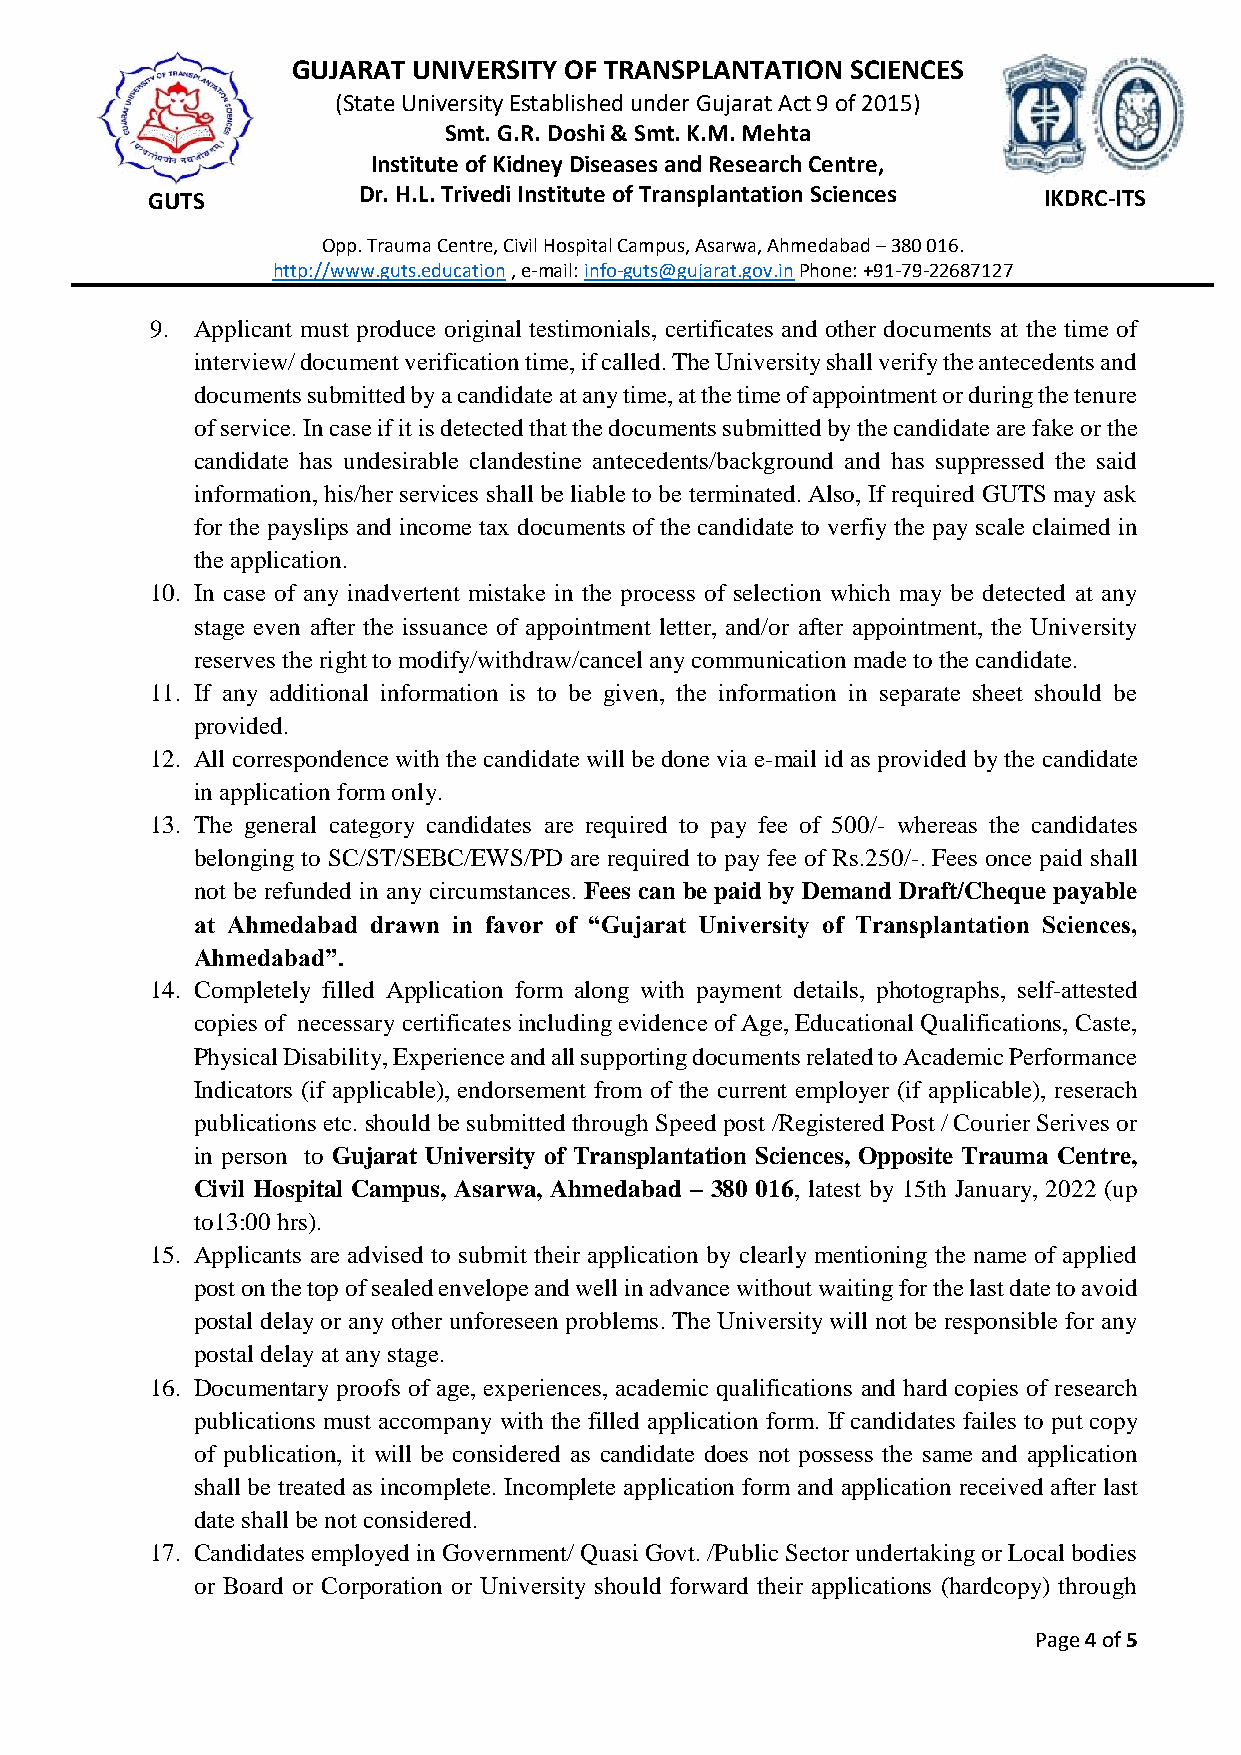
GUJARAT UNIVERSITY OF TRANSPLANTATION SCIENCES
 (State University Established under Gujarat Act 9 of 2015)
 Smt. G.R. Doshi & Smt. K.M. Mehta
 Institute of Kidney Diseases and Research Centre,
 GUTS          Dr. H.L. Trivedi Institute of Transplantation Sciences IKDRC-ITS
 Opp. Trauma Centre, Civil Hospital Campus, Asarwa, Ahmedabad – 380 016.
 http://www.guts.education , e-mail: info-guts@gujarat.gov.in Phone: +91-79-22687127
 9. Applicant must produce original testimonials, certificates and other documents at the time of
 interview/ document verification time, if called. The University shall verify the antecedents and
 documents submitted by a candidate at any time, at the time of appointment or during the tenure
 of service. In case if it is detected that the documents submitted by the candidate are fake or the
 candidate has undesirable clandestine antecedents/background and has suppressed the said
 information, his/her services shall be liable to be terminated. Also, If required GUTS may ask
 for the payslips and income tax documents of the candidate to verfiy the pay scale claimed in
 the application.
 10. In case of any inadvertent mistake in the process of selection which may be detected at any
 stage even after the issuance of appointment letter, and/or after appointment, the University
 reserves the right to modify/withdraw/cancel any communication made to the candidate.
 11. If any additional information is to be given, the information in separate sheet should be
 provided.
 12. All correspondence with the candidate will be done via e-mail id as provided by the candidate
 in application form only.
 13. The general category candidates are required to pay fee of 500/- whereas the candidates
 belonging to SC/ST/SEBC/EWS/PD are required to pay fee of Rs.250/-. Fees once paid shall
 not be refunded in any circumstances. Fees can be paid by Demand Draft/Cheque payable
 at Ahmedabad drawn in favor of “Gujarat University of Transplantation Sciences,
 Ahmedabad”.
 14. Completely filled Application form along with payment details, photographs, self-attested
 copies of necessary certificates including evidence of Age, Educational Qualifications, Caste,
 Physical Disability, Experience and all supporting documents related to Academic Performance
 Indicators (if applicable), endorsement from of the current employer (if applicable), reserach
 publications etc. should be submitted through Speed post /Registered Post / Courier Serives or
 in person to Gujarat University of Transplantation Sciences, Opposite Trauma Centre,
 Civil Hospital Campus, Asarwa, Ahmedabad – 380 016, latest by 15th January, 2022 (up
 to13:00 hrs).
 15. Applicants are advised to submit their application by clearly mentioning the name of applied
 post on the top of sealed envelope and well in advance without waiting for the last date to avoid
 postal delay or any other unforeseen problems. The University will not be responsible for any
 postal delay at any stage.
 16. Documentary proofs of age, experiences, academic qualifications and hard copies of research
 publications must accompany with the filled application form. If candidates failes to put copy
 of publication, it will be considered as candidate does not possess the same and application
 shall be treated as incomplete. Incomplete application form and application received after last
 date shall be not considered.
 17. Candidates employed in Government/ Quasi Govt. /Public Sector undertaking or Local bodies
 or Board or Corporation or University should forward their applications (hardcopy) through
 Page 4 of 5